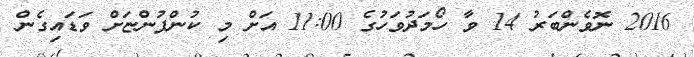
2016 ނޮވެެންބަރު 14 ވާ ހޯމަަދުވަހުގެ 11:00 އަށް މި ކުންފުންޏަށް ވަޑައިގެން